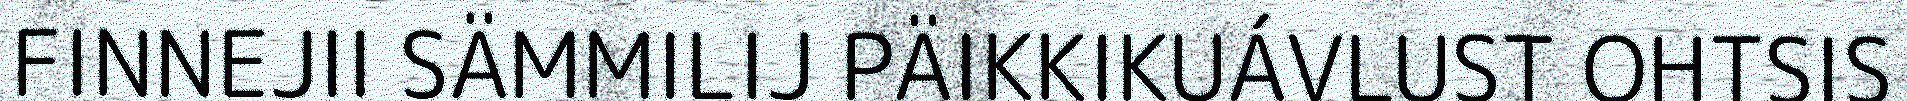
FINNEJII SÄMMILIJ PÄIKKIKUÁVLUST OHTSIS